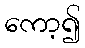
ကော့၍